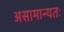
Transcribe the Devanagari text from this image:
असामान्यतः